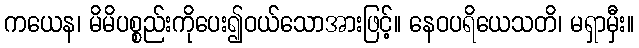
ကယေန၊ မိမိပစ္စည်းကိုပေး၍ဝယ်သောအားဖြင့်။ နေဝပရိယေသတိ၊ မရှာမှီး။